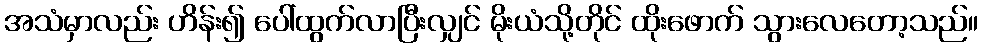
အသံမှာလည်း ဟိန်း၍ ပေါ်ထွက်လာပြီးလျှင် မိုးယံသို့တိုင် ထိုးဖောက် သွားလေတော့သည်။